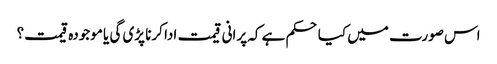
اس صورت میں کیا حکم ہے کہ پرانی قیمت ادا کرنا پڑی گی یا موجودہ قیمت؟